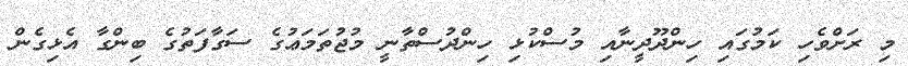
މި ރަށްވެހި ކަމުގައި ހިންދޫދީނާއި މުސްކުޅި ހިންދުސްތާނީ މުޖުތަމަޢުގެ ސަގާފަތުގެ ބިންގާ އެޅިގެން